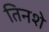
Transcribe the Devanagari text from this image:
तिनशे